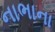
નાભાના